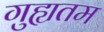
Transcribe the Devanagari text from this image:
गुह्यतम